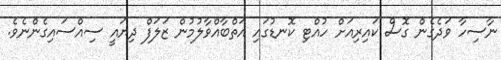
ނާސިހާ ވަދެގެން ގޮސް ކައިރިއަށް ހުއްޓި ކޮނޑުގައި އަތްބާއްވާލުމުން ޒަލަފް ދިޔައީ ސިއްސައިގެންނެވެ.